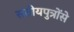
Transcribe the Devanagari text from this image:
सतीयपुत्रोंसे